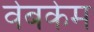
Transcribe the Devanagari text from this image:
वेबकेम